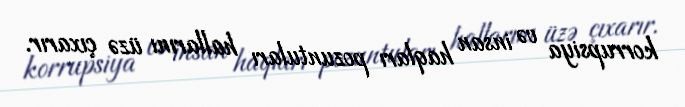
korrupsiya və insan haqları pozuntuları hallarını üzə çıxarır.